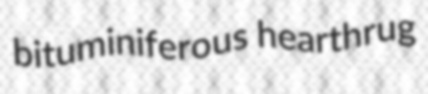
bituminiferous hearthrug